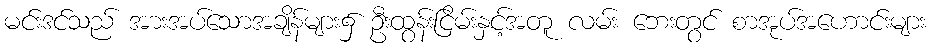
မင်းဒင်သည် အားအပ်သောအချိန်များ၌ ဦးထွန်းငြိမ်းနှင့်အတူ လမ်း ဘေးတွင် စာအုပ်အဟောင်းများ